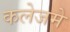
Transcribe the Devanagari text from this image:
कलेजमे